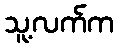
သူ့လက်က